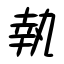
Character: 執